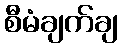
စီမံချက်ချ